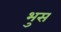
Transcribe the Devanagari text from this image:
भुस